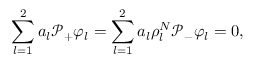
\sum _ { l = 1 } ^ { 2 } a _ { l } \mathcal { P } _ { + } \varphi _ { l } = \sum _ { l = 1 } ^ { 2 } a _ { l } \rho _ { l } ^ { N } \mathcal { P } _ { - } \varphi _ { l } = 0 ,